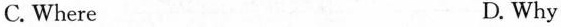
C. Where D. Why